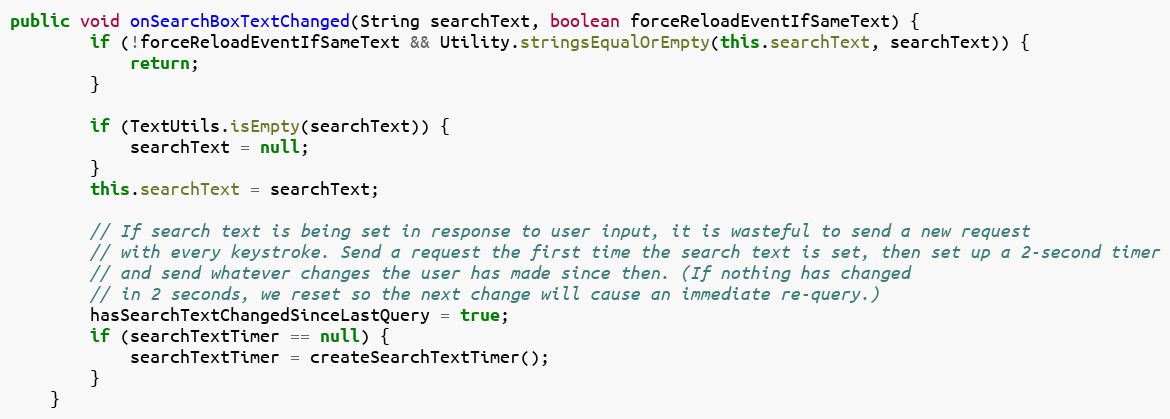
Language: Java
public void onSearchBoxTextChanged(String searchText, boolean forceReloadEventIfSameText) {
        if (!forceReloadEventIfSameText && Utility.stringsEqualOrEmpty(this.searchText, searchText)) {
            return;
        }

        if (TextUtils.isEmpty(searchText)) {
            searchText = null;
        }
        this.searchText = searchText;

        // If search text is being set in response to user input, it is wasteful to send a new request
        // with every keystroke. Send a request the first time the search text is set, then set up a 2-second timer
        // and send whatever changes the user has made since then. (If nothing has changed
        // in 2 seconds, we reset so the next change will cause an immediate re-query.)
        hasSearchTextChangedSinceLastQuery = true;
        if (searchTextTimer == null) {
            searchTextTimer = createSearchTextTimer();
        }
    }